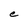
Character: e